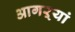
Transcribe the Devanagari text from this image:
आगऱ्यां